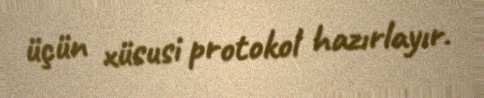
üçün xüsusi protokol hazırlayır.